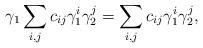
LaTeX: \begin{align*}\gamma_1\sum_{i,j}c_{ij}\gamma_1^i\gamma_2^j=\sum_{i,j}c_{ij}\gamma_1^i\gamma_2^j,\end{align*}